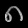
Digit: ၈